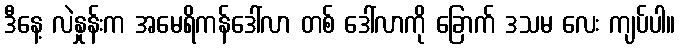
ဒီနေ့ လဲနှုန်းက အမေရိကန်ဒေါ်လာ တစ် ဒေါ်လာကို ခြောက် ဒသမ လေး ကျပ်ပါ။